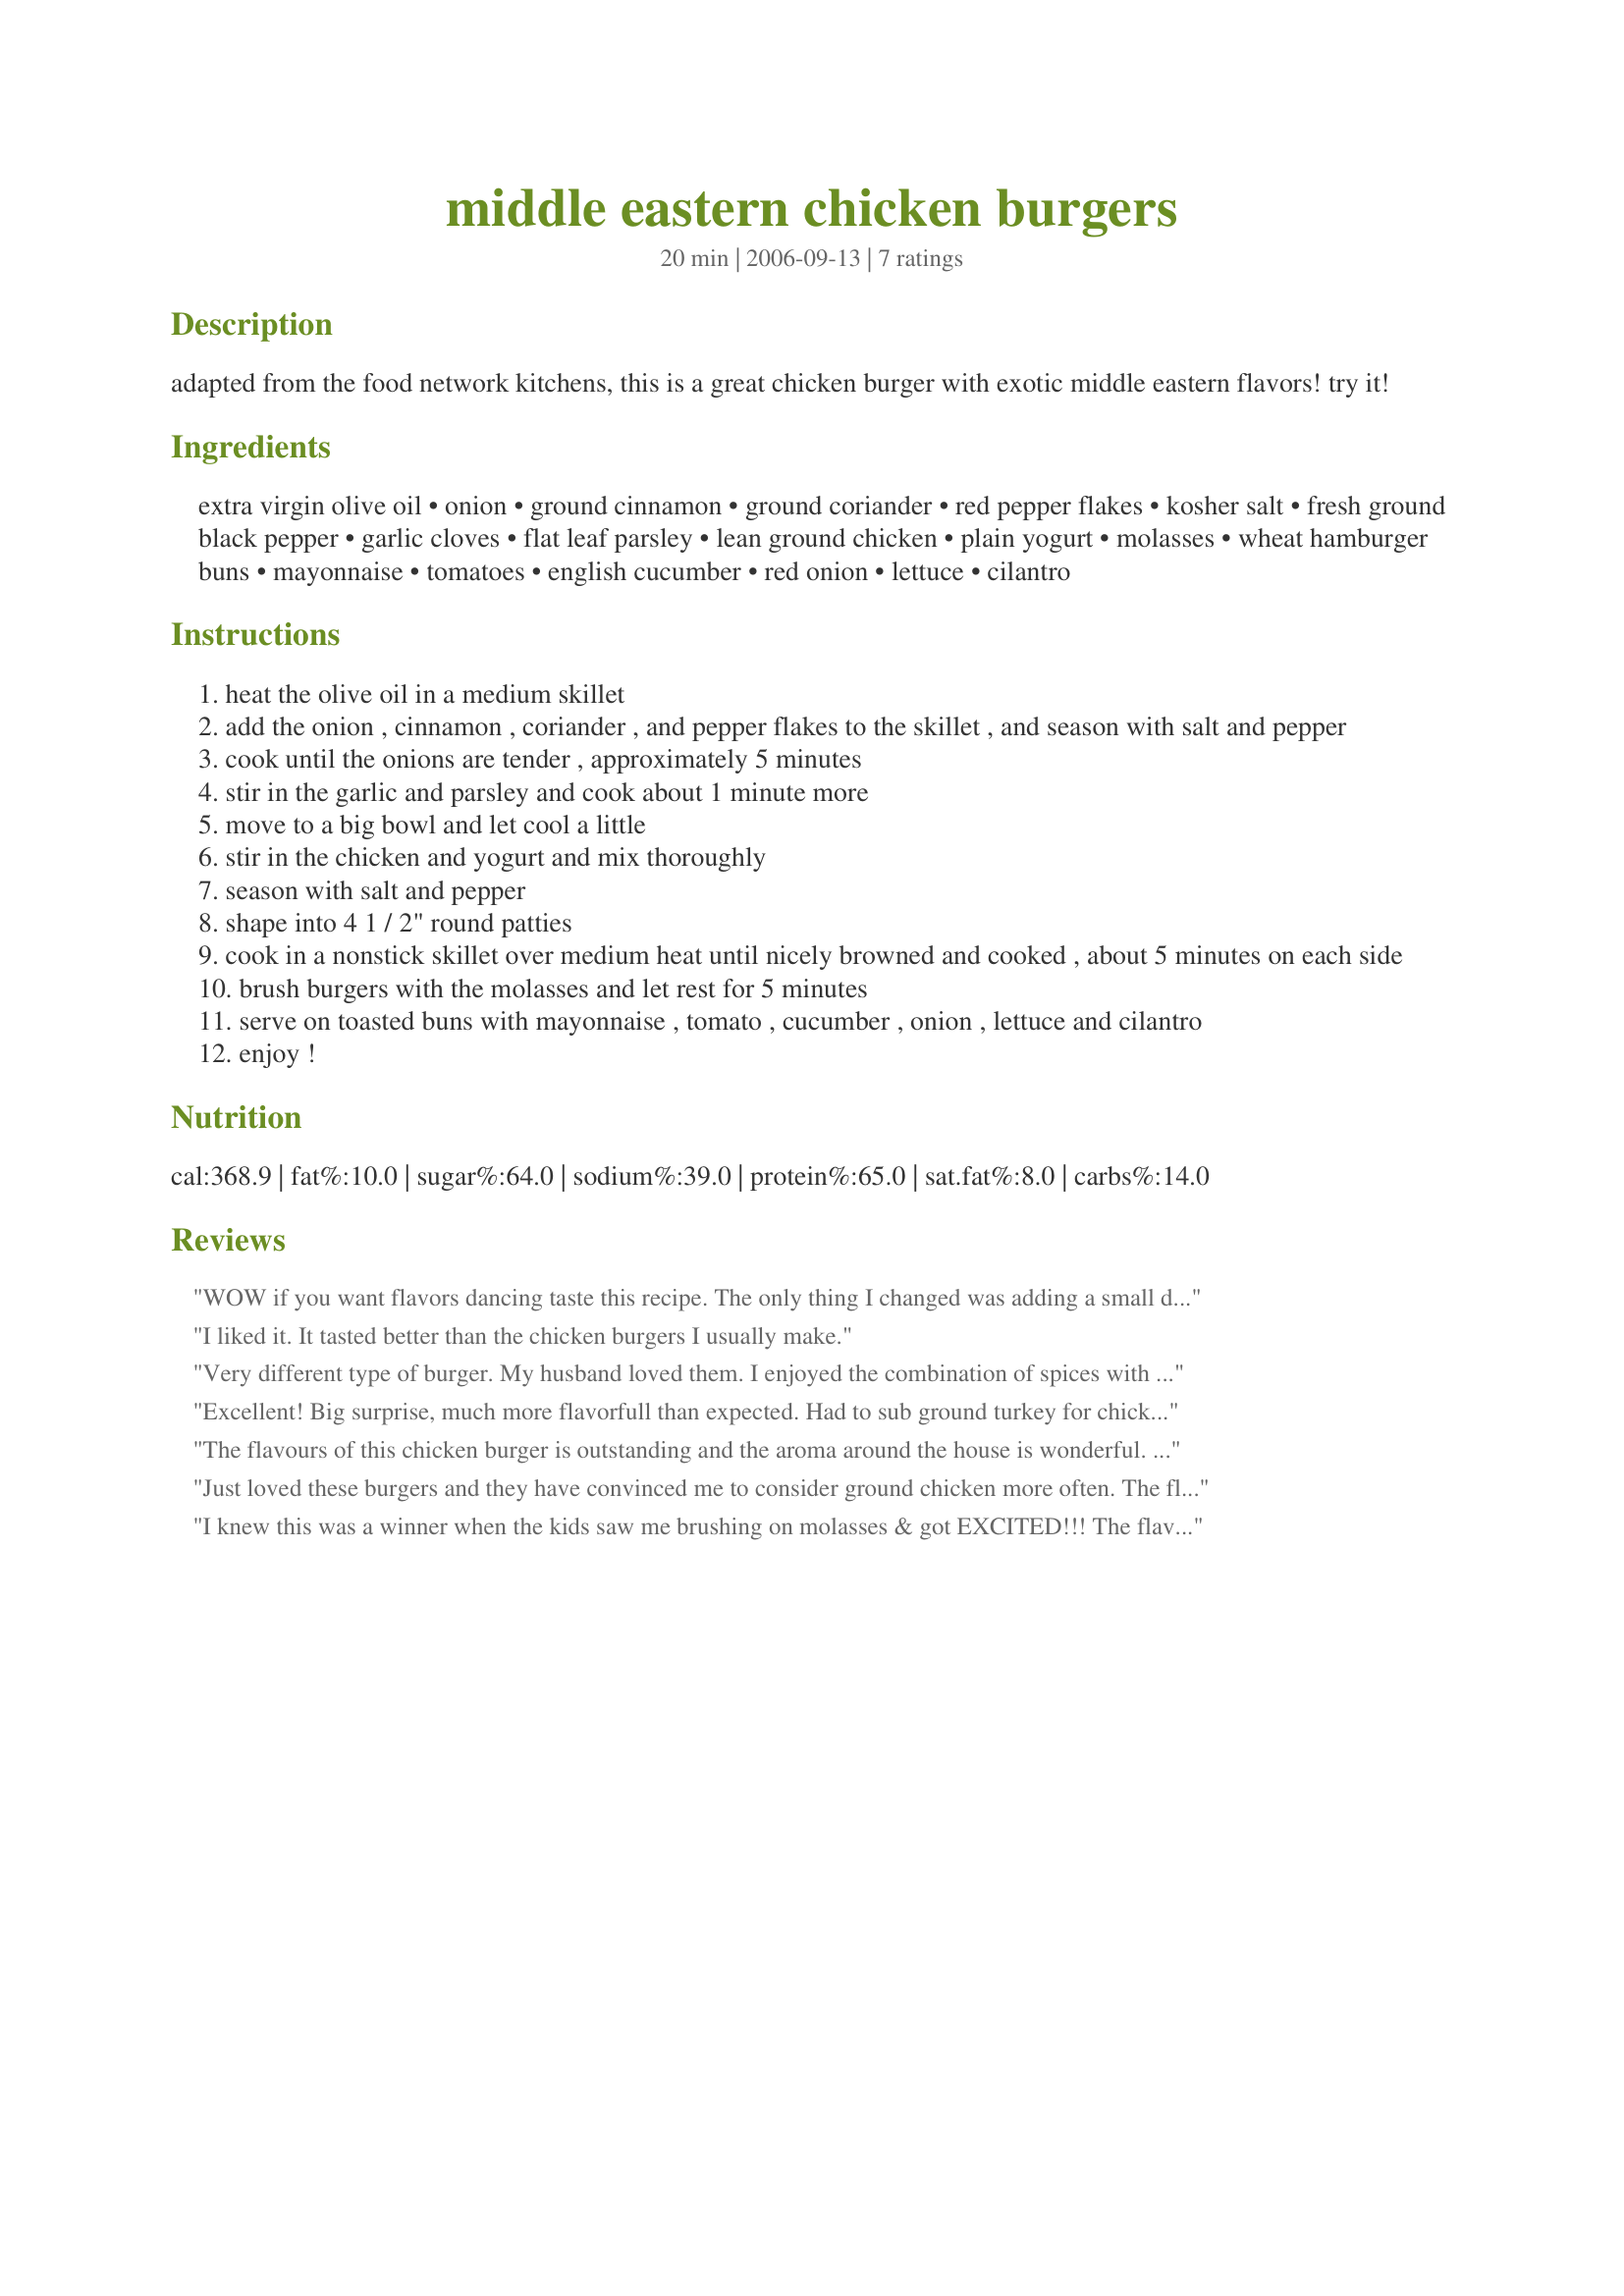
middle eastern chicken burgers
Preparation time: 20 minutes

adapted from the food network kitchens, this is a great chicken burger with exotic middle eastern flavors! try it!

Ingredients:
extra virgin olive oil, onion, ground cinnamon, ground coriander, red pepper flakes, kosher salt, fresh ground black pepper, garlic cloves, flat leaf parsley, lean ground chicken, plain yogurt, molasses, wheat hamburger buns, mayonnaise, tomatoes, english cucumber, red onion, lettuce, cilantro

Steps:
heat the olive oil in a medium skillet
add the onion , cinnamon , coriander , and pepper flakes to the skillet , and season with salt and pepper
cook until the onions are tender , approximately 5 minutes
stir in the garlic and parsley and cook about 1 minute more
move to a big bowl and let cool a little
stir in the chicken and yogurt and mix thoroughly
season with salt and pepper
shape into 4 1 / 2" round patties
cook in a nonstick skillet over medium heat until nicely browned and cooked , about 5 minutes on each side
brush burgers with the molasses and let rest for 5 minutes
serve on toasted buns with mayonnaise , tomato , cucumber , onion , lettuce and cilantro
enjoy !

Reviews:
WOW if you want flavors dancing taste this recipe. The only thing I changed was adding a small dice carrot with the onion. I used a mixture of spicy brown and honey mustard with a touch of the molasses before adding cheese to melt on top. Moist and wonderful.
I liked it. It tasted better than the chicken burgers I usually make.
Very different type of burger. My husband loved them. I enjoyed the combination of spices with molasses. It almost tasted like teriyaki.
Excellent! Big surprise, much more flavorfull than expected. Had to sub ground turkey for chicken because that all local store carries. Tasted great, but strongly recommend you include the "fixins" that are listed (tomato, cuccumber, onion) because IMO they really balance out and perfect the flavor.
The flavours of this chicken burger is outstanding and the aroma around the house is wonderful. We all enjoyed these burgers, I followed the recipe as is but because I had a few more people waiting for dinner I forgot to add the treacle/molasses. Without the treacle/molasses the burgers were still amazing. Thank you Sharon123
Just loved these burgers and they have convinced me to consider ground chicken more often. The flavors were so nicely balanced and assertive without being overpowering. I accidently omitted the oilbut still found the burger tender and moist --guessing that was the result of the yogurt. Next time I will use to prepare my GF grill as there was a bit of sticking. I could not decide whether to use molasses or mustard and made a sauce using equal amounts of each added after cooking as a sandwich topping.
I knew this was a winner when the kids saw me brushing on molasses & got EXCITED!!! The flavors were fabulous. I used 1lb. of ground chicken made into 3 big burgers (for 3 people) - I wish I had doubled the recipe. I'm passing this on to my mom who only eats poultry burgers. Thanks for posting!
